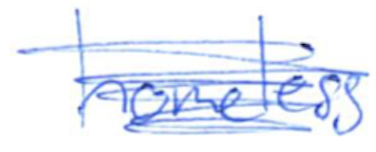
Text: homeless
Cross-out: scratch
Writing tool: ballpoint